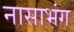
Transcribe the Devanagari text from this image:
नासाभंग